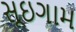
સૂઇગામ